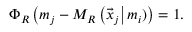
\Phi _ { R } \left( m _ { j } - M _ { R } \left( \vec { x } _ { j } \right\vert m _ { i } ) \right) = 1 .